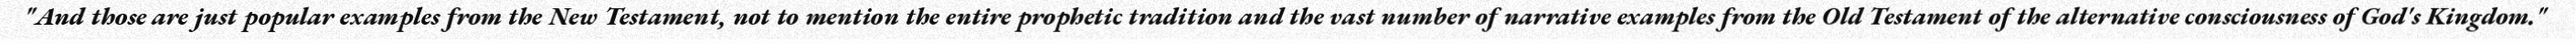
"And those are just popular examples from the New Testament, not to mention the entire prophetic tradition and the vast number of narrative examples from the Old Testament of the alternative consciousness of God's Kingdom."